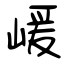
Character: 嵈